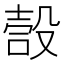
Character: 嗀